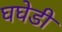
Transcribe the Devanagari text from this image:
घघेडी